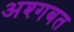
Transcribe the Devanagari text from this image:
अश्गबत